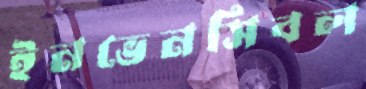
ইনভেনসিবল